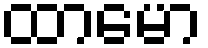
ထာမော